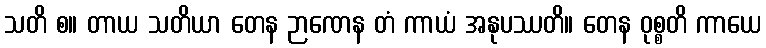
သတိ စ။ တာယ သတိယာ တေန ဉာဏေန တံ ကာယံ အနုပဿတိ။ တေန ဝုစ္စတိ ကာယေ